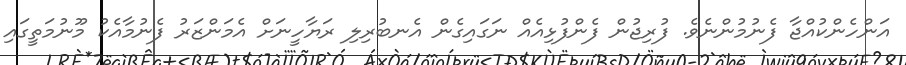
އަންހެންކުއްޖާ ފެނުމުންނެވެ. ފުރިޖުން ފެންފުޅިއެއް ނަގައިގެން އެނބުރިލި ރަޔާހީނަށް އެމަންޒަރު ފެނުމާއެކު މޫނުމަތީގައި